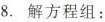
8. 解方程组: